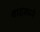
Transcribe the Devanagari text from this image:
वादकाने